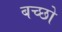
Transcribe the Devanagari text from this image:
बच्छो